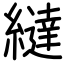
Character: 繨